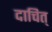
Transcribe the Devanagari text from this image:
दाचित्